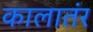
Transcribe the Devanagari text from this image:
कालातंर